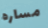
مساره